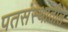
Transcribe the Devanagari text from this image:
पतसंस्थांतील